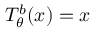
T _ { \theta } ^ { b } ( x ) = x